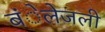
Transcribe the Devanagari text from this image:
बंेलेजली